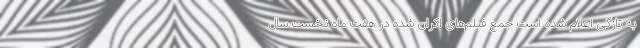
به تازگی اعلام شده است جمع فیلم‌های اکران شده در هفت ماه نخست سال